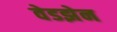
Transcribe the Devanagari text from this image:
वेडझेन